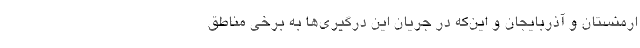
ارمنستان و آذربایجان و این‌که در جریان این درگیری‌ها به برخی مناطق